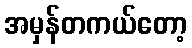
အမှန်တကယ်တော့